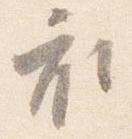
衣